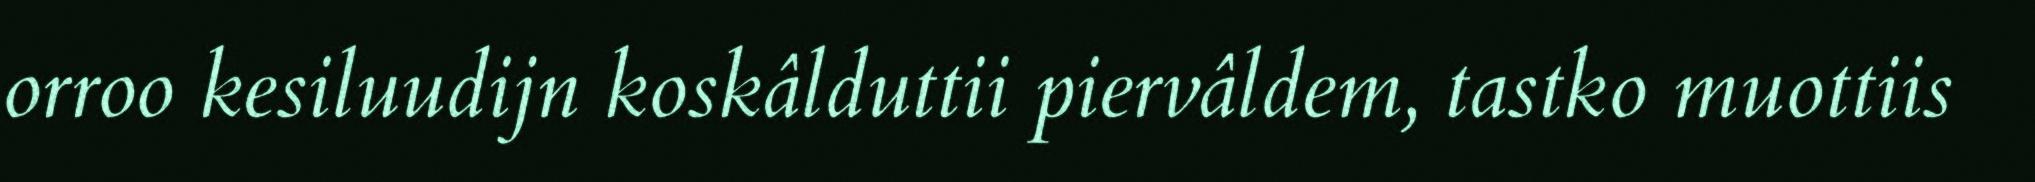
orroo kesiluudijn koskâlduttii piervâldem, tastko muottiis